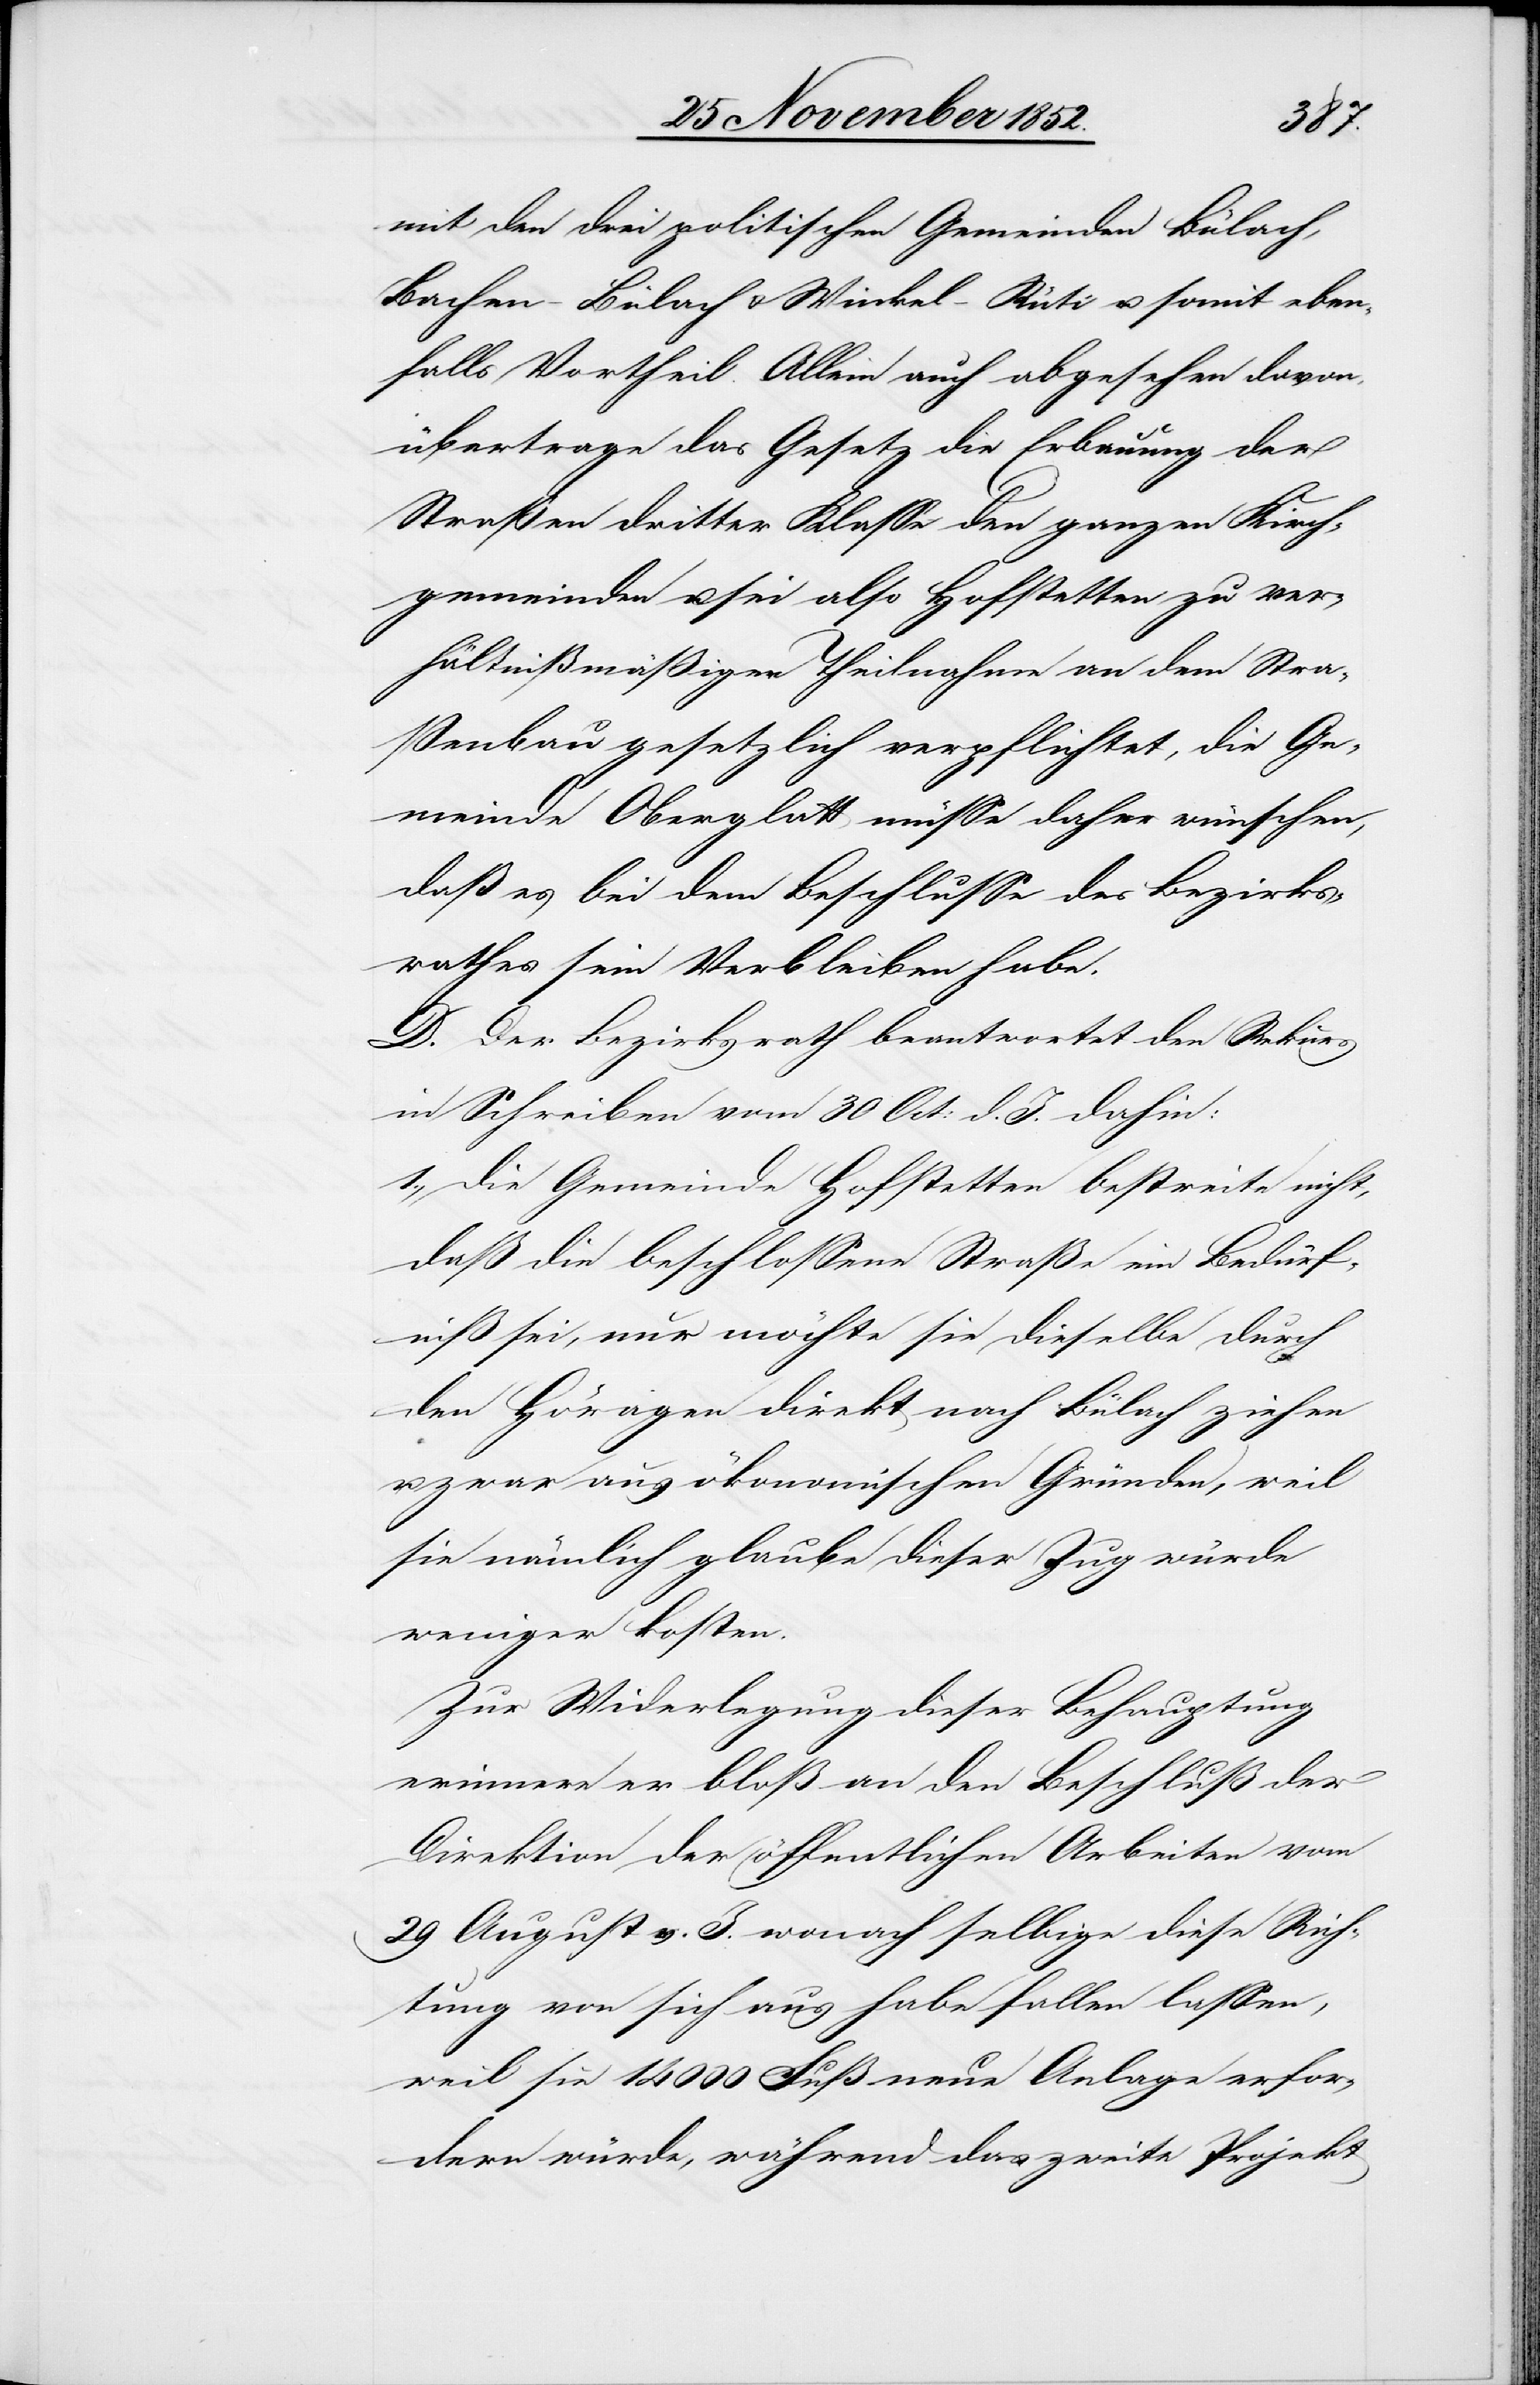
mit den drei politischen Gemeinden Bülach,
Bachen-Bülach & Winkel-Rüti u. somit eben¬
falls Vortheil. Allein auch abgesehen davon,
übertrage das Gesetz die Erbauung der
Straßen dritter Klasse den ganzen Kirch¬
gemeinden u. sei also Hofstetten zu ver¬
hältnißmäßiger Theilnahme an dem Stra¬
ßenbau gesetzlich verpflichtet, die Ge¬
meinde Oberglatt müsse daher wünschen,
daß es bei dem Beschlusse des Bezirks¬
rathes sein Verbleiben habe.
D. Der Bezirksrath beantwortet den Rekurs
in Schreiben vom 30 Oct: d. J. dahin:
1., Die Gemeinde Hofstetten bestreite nicht,
daß die beschlossene Straße ein Bedürf¬
niß sei, nur möchte sie dieselbe durch
den Höragen direkt nach Bülach ziehen
u. zwar aus ökonomischen Gründen, weil
sie nämlich glaube dieser Zug würde
weniger kosten.
Zur Widerlegung dieser Behauptung
erinnere er bloß an den Beschluß der
Direktion der öffentlichen Arbeiten vom
29 August v. J. wonach selbige diese Rich¬
tung von sich aus habe fallen lassen,
weil sie 14 000 Fuß neue Anlage erfor¬
dern würde, während das zweite Projekt